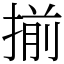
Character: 揃